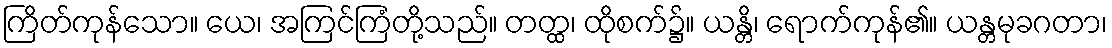
ကြိတ်ကုန်သော။ ယေ၊ အကြင်ကြံတို့သည်။ တတ္ထ၊ ထိုစက်၌။ ယန္တိ၊ ရောက်ကုန်၏။ ယန္တမုခဂတာ၊